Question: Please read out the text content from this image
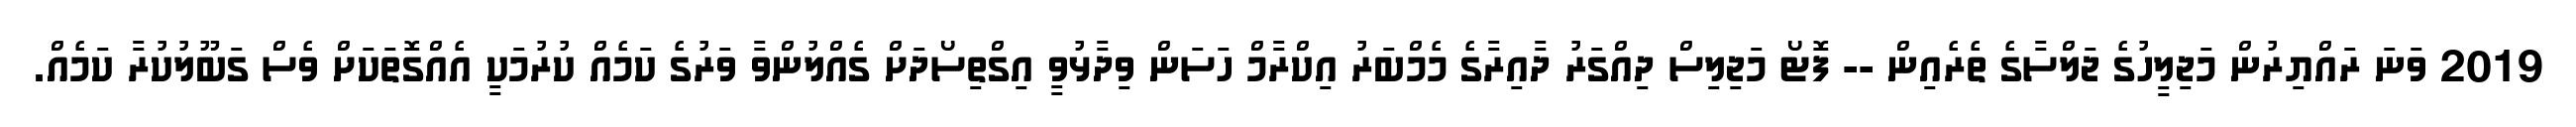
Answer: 2019 ވަނަ ރައްޔިރުން މަޖިލީހުގެ ޖަލްސާގެ ތެރެއިން -- ފޮޓޯ މަޖިލިސް ދިއްގަރު ދާއިރާގެ މެމްބަރު އިކްރާމް ހަސަން ވިދާޅުވީ އިގްތިސޯދަށް ގެއްލުންވާ ވަރުގެ ކަމެއް ކުރުމަކީ އެއްގޮތަކަށް ވެސް ގަބޫލުކުރާ ކަމެއް.